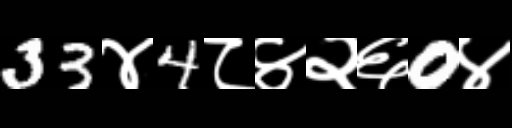
Text: 33४4८४२६0४